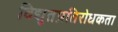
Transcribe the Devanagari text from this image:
विद्युतप्रतिरोधकता